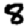
Digit: 8